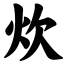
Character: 炊